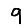
Digit: 9